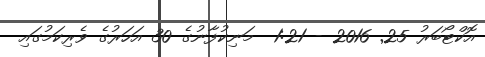
އޮކްޓޯބަރު 25